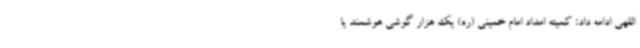
اللهی ادامه داد: کمیته امداد امام خمینی (ره) یک هزار گوشی هوشمند یا